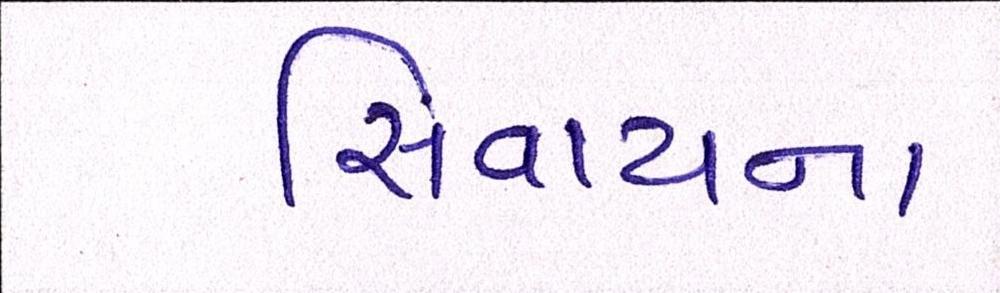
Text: સિવાયના